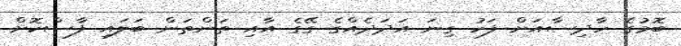
ބޮމުގެ ހާދިސާއަށް ފަހު ގިނަ އަދަދެއްގެ ގޭގެ އާއި ތަންތަން ބަލައި ފާސްކޮށް